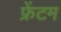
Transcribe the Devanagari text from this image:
फ्रेंटम